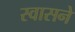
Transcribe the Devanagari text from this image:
स्वासने